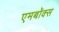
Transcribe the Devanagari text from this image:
एमबॉक्स